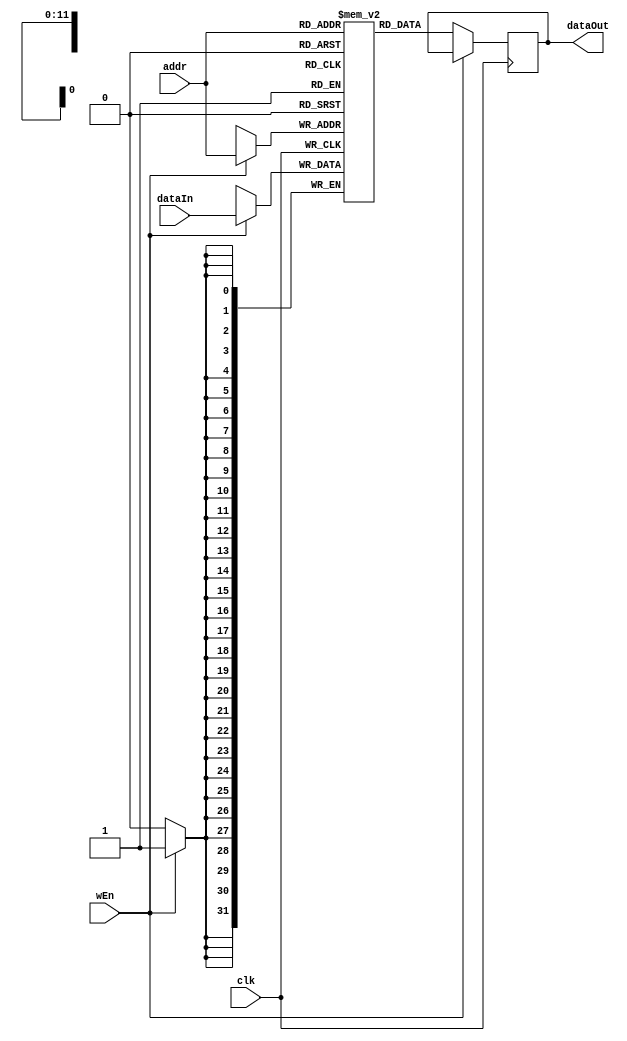
`timescale 1ns / 1ps
module RAM #( parameter DATA_WIDTH = 32, ADDRESS_WIDTH = 12, DEPTH = 4096, MEMFILE = "") (
    input wire                     clk,
    input wire                     wEn,
    input wire [ADDRESS_WIDTH-1:0] addr,
    input wire [DATA_WIDTH-1:0]    dataIn,
    output reg [DATA_WIDTH-1:0]    dataOut = 0);
    
    reg[DATA_WIDTH-1:0] MemoryArray[0:DEPTH-1];
    
    initial begin
        if(MEMFILE > 0) begin
            $readmemh(MEMFILE, MemoryArray);
        end
    end
    
    always @(posedge ~clk) begin
        if(wEn) begin
            MemoryArray[addr] <= dataIn;
        end else begin
            dataOut <= MemoryArray[addr];
        end
    end
endmodule